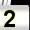
Digit: 2